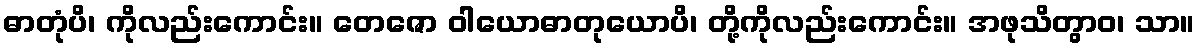
ဓာတုံပိ၊ ကိုလည်းကောင်း။ တေဇော ဝါယောဓာတုယောပိ၊ တို့ကိုလည်းကောင်း။ အဖုသိတွာဝ၊ သာ။